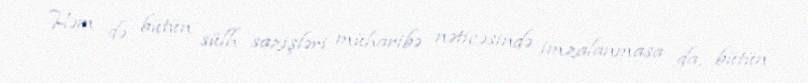
Həm də bütün sülh sazişləri müharibə nəticəsində imzalanmasa da, bütün